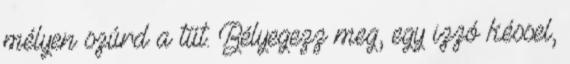
mélyen szúrd a tűt. Bélyegezz meg, egy izzó késsel,